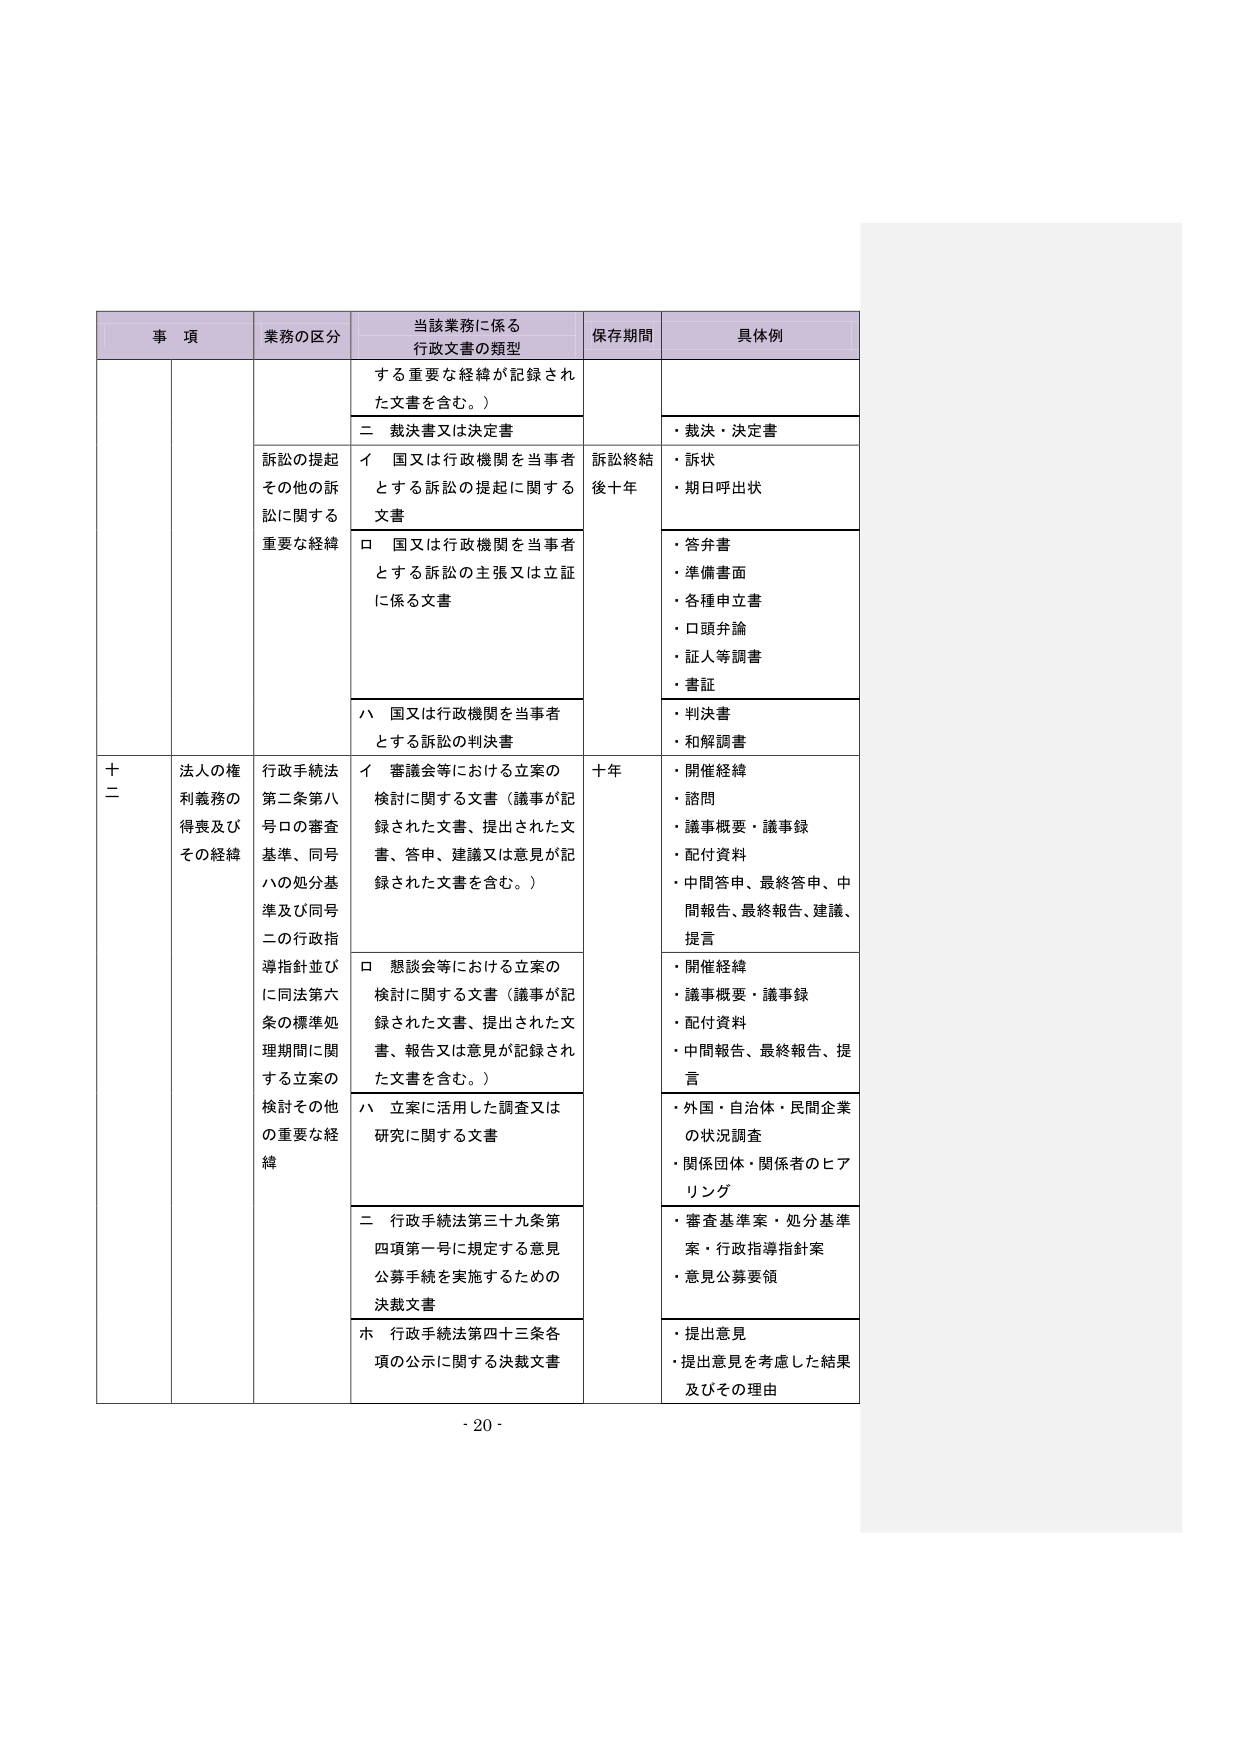
事 項 業務の区分 当該業務に係る 行政文書の類型 保存期間 具体例 する重要な経緯が記録され た文書を含む。） 二 裁決書又は決定書 ・裁決・決定書 訴訟の提起 その他の訴 訟に関する 重要な経緯 イ 国又は行政機関を当事者 とする訴訟の提起に関する 文書 訴訟終結 後十年 ・訴状 ・期日呼出状 ロ 国又は行政機関を当事者 とする訴訟の主張又は立証 に係る文書 ・答弁書 ・準備書面 ・各種申立書 ・口頭弁論 ・証人等調書 ・書証 ハ 国又は行政機関を当事者 とする訴訟の判決書 ・判決書 ・和解調書 十 二 法人の権 利義務の 得喪及び その経緯 行政手続法 第二条第八 号ロの審査 基準、同号 ハの処分基 準及び同号 二の行政指 導指針並び に同法第六 条の標準処 理期間に関 する立案の 検討その他 の重要な経 緯 イ 審議会等における立案の 検討に関する文書（議事が記 録された文書、提出された文 書、答申、建議又は意見が記 録された文書を含む。） 十年 ・開催経緯 ・諮問 ・議事概要・議事録 ・配付資料 ・中間答申、最終答申、中 間報告、最終報告、建議、 提言 ロ 懇談会等における立案の 検討に関する文書（議事が記 録された文書、提出された文 書、報告又は意見が記録され た文書を含む。） ・開催経緯 ・議事概要・議事録 ・配付資料 ・中間報告、最終報告、提 言 ハ 立案に活用した調査又は 研究に関する文書 ・外国・自治体・民間企業 の状況調査 ・関係団体・関係者のヒア リング 二 行政手続法第三十九条第 四項第一号に規定する意見 公募手続を実施するための 決裁文書 ・審査基準案・処分基準 案・行政指導指針案 ・意見公募要領 ホ 行政手続法第四十三条各 項の公示に関する決裁文書 ・提出意見 ・提出意見を考慮した結果 及びその理由 - 20 -